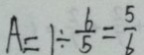
A = 1 \div \frac { 6 } { 5 } = \frac { 5 } { 6 }